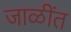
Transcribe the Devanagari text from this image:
जाळींत